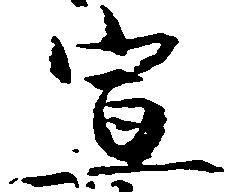
宣